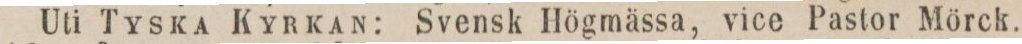
Uti Tyska Kyrkan: Svensk Högmässa, vice Pastor Mörck.